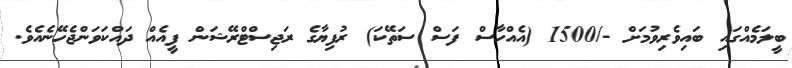
ބީލަމެއްގައި ބައިވެރިވުމަށް -/1500 (އެއްހާސް ފަސް ސަތޭކަ) ރުފިޔާގެ ރަޖިސްޓްރޭޝަން ފީއެއް ދައްކަވަންޖެހޭނެއެވެ.